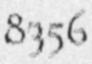
8356